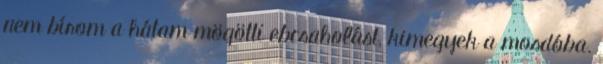
nem bírom a hátam mögötti ebcsaholást, kimegyek a mosdóba.